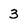
Character: 3